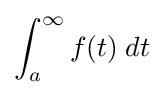
\int _{a}^{\infty }f(t)\;dt